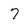
Character: 7